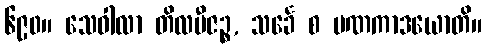
၆၉၀။ သေဝါလာ တိလဗီဇဉ္စ, သင်္ခေ စ ပဏကာဒယောတိ။